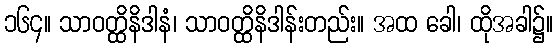
၁၆၄။ သာဝတ္ထိနိဒါနံ၊ သာဝတ္ထိနိဒါန်းတည်း။ အထ ခေါ၊ ထိုအခါ၌။